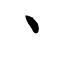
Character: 丶